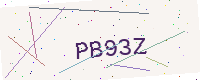
Text: PB93Z